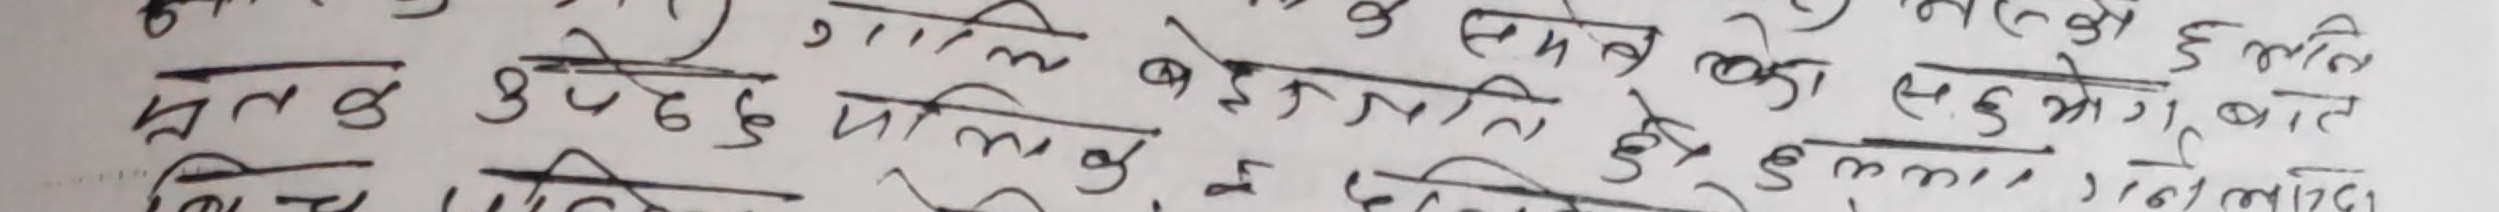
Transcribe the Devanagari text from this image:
गलत उपदेश पालिक गालि बेइजात हो समेत को सहभागि बात